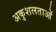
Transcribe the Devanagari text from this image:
अकुशलताओं